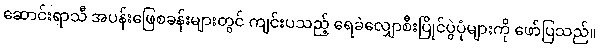
ဆောင်းရာသီ အပန်းဖြေစခန်းများတွင် ကျင်းပသည့် ရေခဲလျှောစီးပြိုင်ပွဲပုံများကို ဖော်ပြသည်။